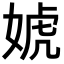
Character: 婋